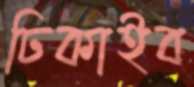
ঢিকাইব